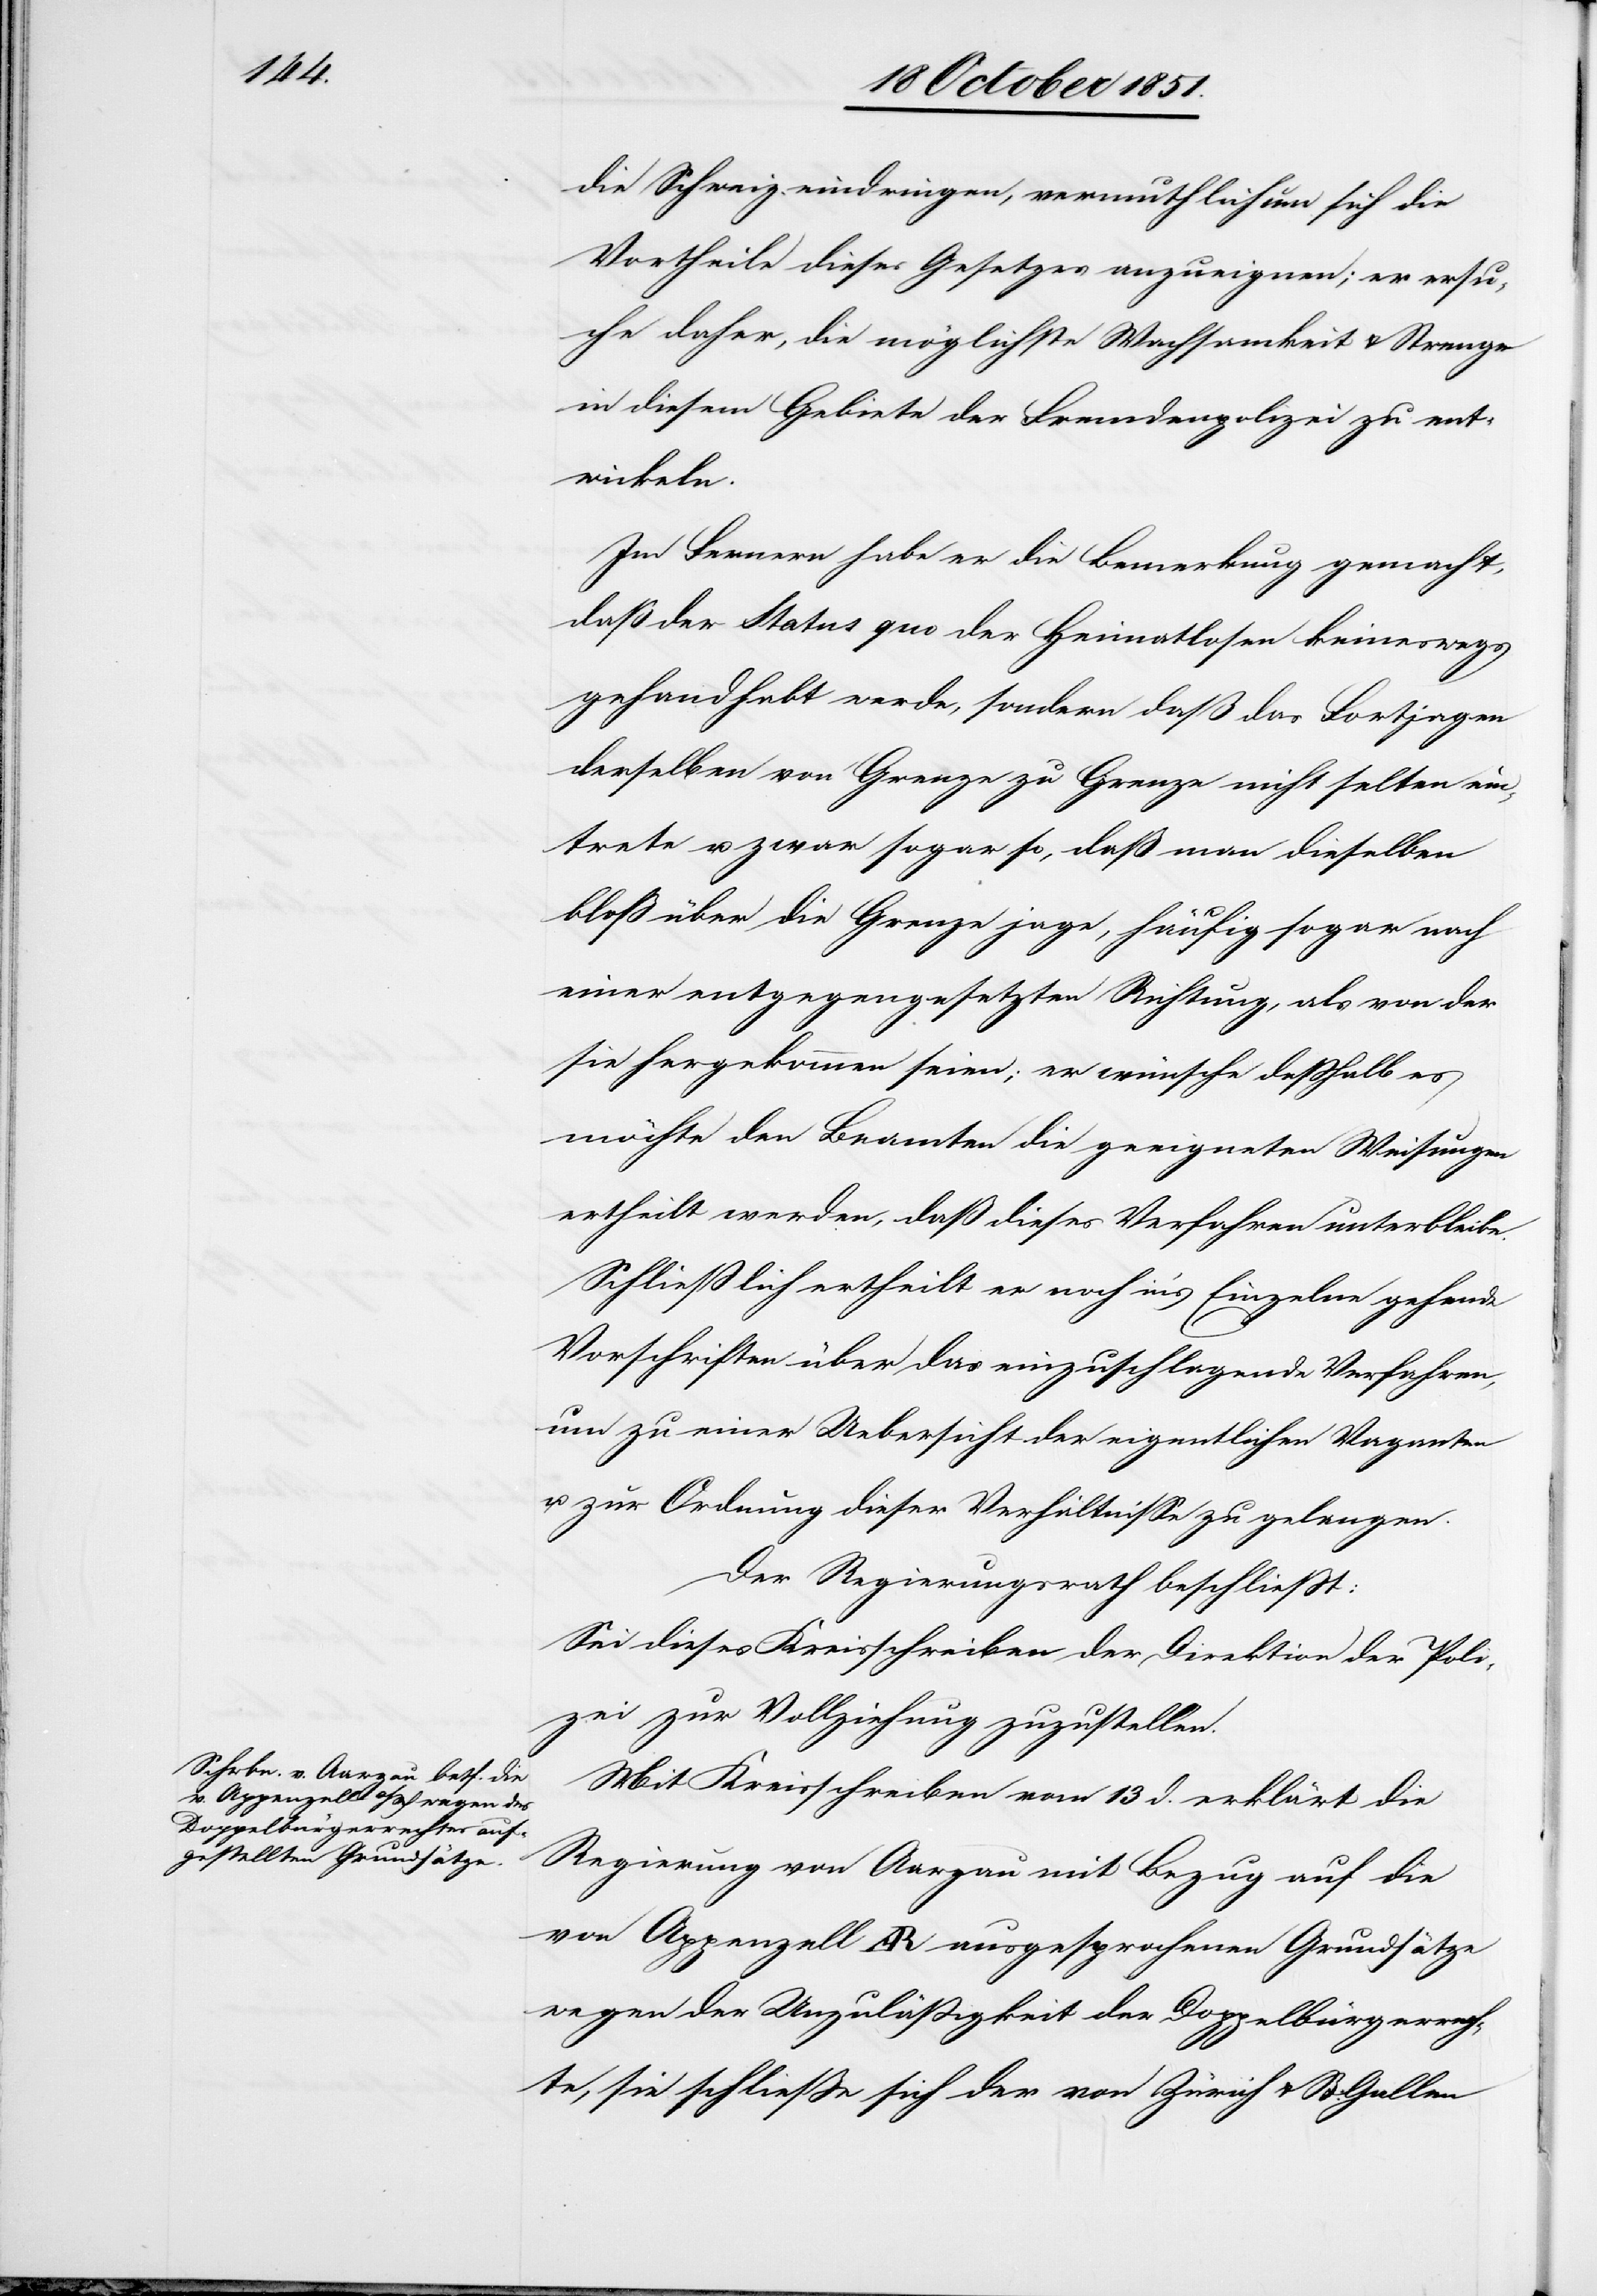
die Schweiz eindringen, vermuthlich um sich die
Vortheile dieses Gesetzes anzueignen; er ersu¬
che daher, die möglichste Wachsamkeit & Strenge
in diesem Gebiete der Fremdenpolizei zu ent¬
wickeln.
Im Fernern habe er die Bemerkung gemacht,
daß der Status quo der Heimatlosen keineswegs
gehandhabt werde, sondern daß das Fortjagen
derselben von Grenze zu Grenze nicht selten ein¬
trete u. zwar sogar so, daß man dieselben
bloß über die Grenze jage, häufig sogar nach
einer entgegengesetzten Richtung, als von der
sie hergekommen seien; er wünsche deßhalb es
möchte den Beamten die geeigneten Weisungen
ertheilt werden, daß dieses Verfahren unterbleibe.
Schließlich ertheilt er noch in’s Einzelne gehende
Vorschriften über das einzuschlagende Verfahren,
um zu einer Uebersicht der eigentlichen Vaganten
u. zur Ordnung dieser Verhältnisse zu gelangen.
Der Regierungsrath beschließt:
Sei dieses Kreisschreiben der Direktion der Poli¬
zei zur Vollziehung zuzustellen.
Mit Kreisschreiben vom 13 d. erklärt die
Regierung von Aargau mit Bezug auf die
von Appenzell AR ausgesprochenen Grundsätze
wegen der Unzuläßigkeit der Doppelbürgerrech¬
te, sie schließe sich der von Zürich & St: Gallen